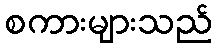
စကားများသည်